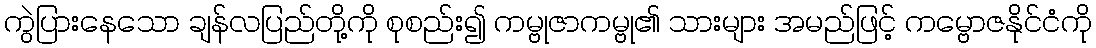
ကွဲပြားနေသော ချန်လပြည်တို့ကို စုစည်း၍ ကမ္ဗုဇာကမ္ဗု၏ သားများ အမည်ဖြင့် ကမ္ဗောဇနိုင်ငံကို